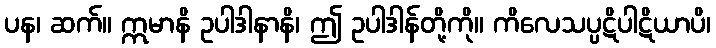
ပန၊ ဆက်။ ဣမာနိ ဥပါဒါနာနိ၊ ဤ ဥပါဒါန်တို့ကို။ ကိလေသပ္ပဋိပါဋိယာပိ၊